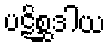
ပဋိစ္ဆဒါယ